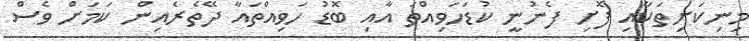
މިނިކަށިތަކާއި ފޮށި ފެނުނީ ކުޑަހަވިއްތަ އާއި ބޮޑު ހަވިއްތައާ ދޭތެރެއިން ކަމަށް ވެސް